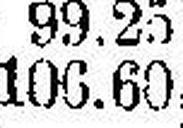
106.60